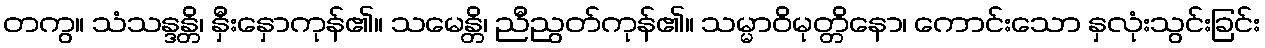
တကွ။ သံသန္ဒန္တိ၊ နှီးနှောကုန်၏။ သမေန္တိ၊ ညီညွတ်ကုန်၏။ သမ္မာဝိမုတ္တိနော၊ ကောင်းသော နှလုံးသွင်းခြင်း